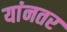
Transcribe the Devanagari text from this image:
यांनतर